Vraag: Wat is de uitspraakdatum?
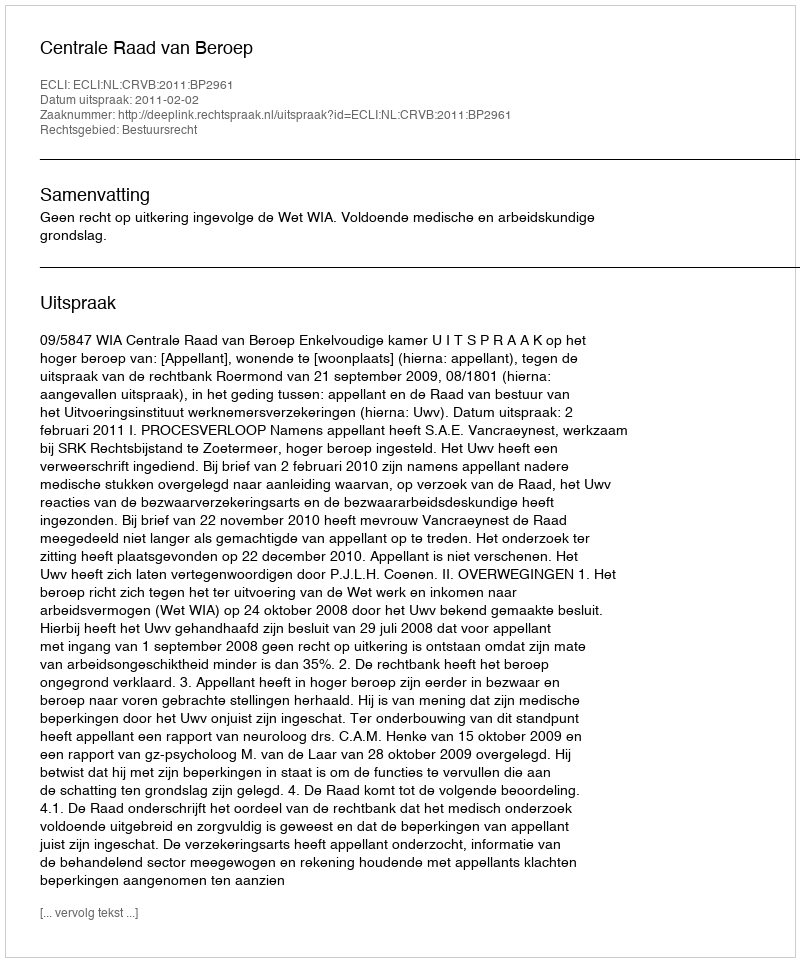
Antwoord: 2011-02-02